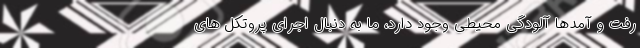
رفت و آمدها آلودگی محیطی وجود دارد، ما به دنبال اجرای پروتکل های